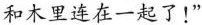
和木里连在一起了!”